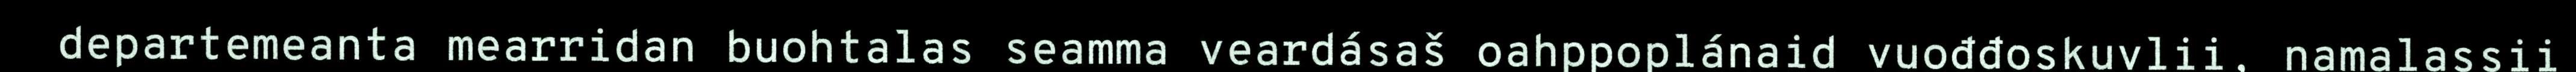
departemeanta mearridan buohtalas seamma veardásaš oahppoplánaid vuođđoskuvlii, namalassii